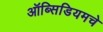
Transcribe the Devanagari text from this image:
ऑब्सिडियमचे